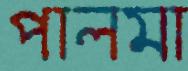
পালমা